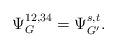
LaTeX: \begin{align*}\Psi^{12,34}_G=\Psi^{s,t}_{G'}.\end{align*}